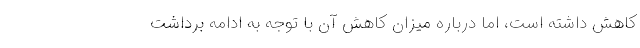
کاهش داشته است، اما درباره میزان کاهش آن با توجه به ادامه برداشت